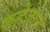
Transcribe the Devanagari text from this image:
कहेजाने